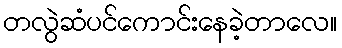
တလွဲဆံပင်ကောင်းနေခဲ့တာလေ။